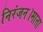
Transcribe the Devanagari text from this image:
निरंजन।माता